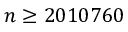
n \geq 2 0 1 0 7 6 0